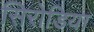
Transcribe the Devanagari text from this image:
सिरोडिया